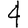
Digit: 4